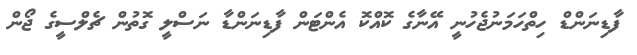
ފާޑިނަންޑް ހިތްހަމަނުޖެހުނީ އޭނާގެ ކޮއްކޮ އެންޓަން ފާޑިނަންޑާ ނަސްލީ ގޮތުން ޗެލްސީގެ ޖޯން